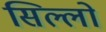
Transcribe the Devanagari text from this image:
सिल्लो